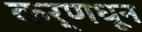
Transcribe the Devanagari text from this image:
कर्णधून